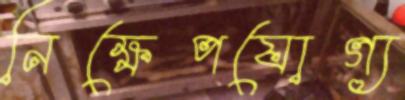
নিক্ষেপযোগ্য